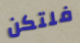
فلتكن